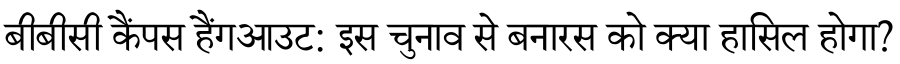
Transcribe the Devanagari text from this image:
बीबीसी कैंपस हैंगआउट: इस चुनाव से बनारस को क्या हासिल होगा?